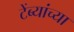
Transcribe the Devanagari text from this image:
टेंब्यांच्या